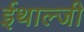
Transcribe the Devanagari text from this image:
ईथाल्जी